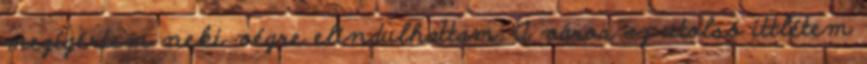
megígértem neki végre elindulhattam. A város az utolsó ittlétem